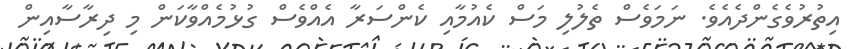
އިތުރުވެގެންދެއެވެ. ނަމަވެސް ތެލުލި މަސް ކެއުމާއި ކެންސަރާ އެއްވެސް ގުޅުމެއްވާކަން މި ދިރާސާއިން